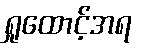
ရှုထောင့်အရ